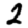
Digit: 2